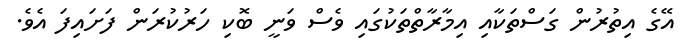
އޭގެ އިތުރުން ގަސްތަކާއި އިމާރާތްތަކުގައި ވެސް ވަނީ ބޮކި ހަރުކުރަން ފަށައިފަ އެވެ.